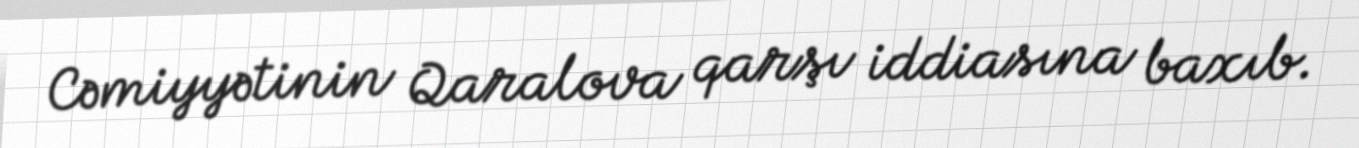
Cəmiyyətinin Qaralova qarşı iddiasına baxıb.